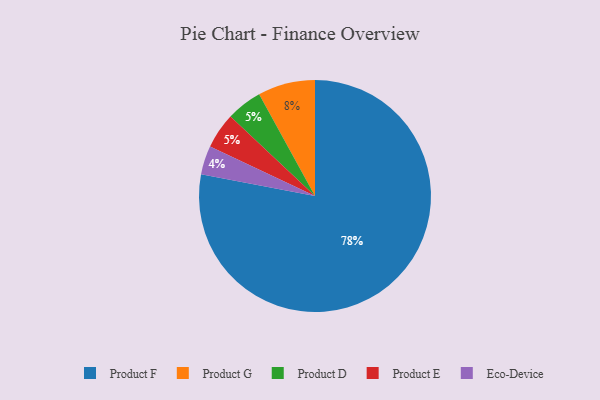
{"axis": {"x": "Category", "y": "Percentage"}, "legend": ["Eco-Device", "Product D", "Product E", "Product F", "Product G"], "data": [{"x": "Product F", "y": 78, "type": "Product F"}, {"x": "Product D", "y": 5, "type": "Product D"}, {"x": "Product E", "y": 5, "type": "Product E"}, {"x": "Product G", "y": 8, "type": "Product G"}, {"x": "Eco-Device", "y": 4, "type": "Eco-Device"}]}